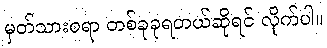
မှတ်သားစရာ တစ်ခုခုရတယ်ဆိုရင် လိုက်ပါ။